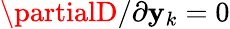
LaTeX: {\partialD/\partial\mathbf{y}_{k}}=0